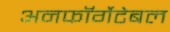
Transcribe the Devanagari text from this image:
अनफॉर्गेटेबल